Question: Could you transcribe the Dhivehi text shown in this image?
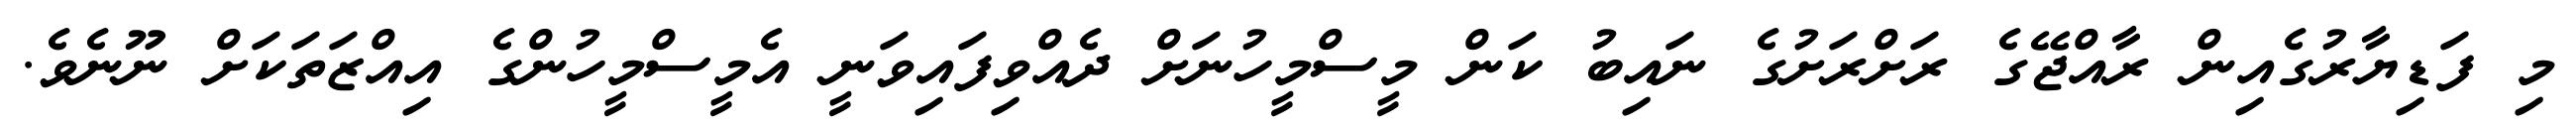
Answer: މި ފަޑިޔާރުގެއިން ރާއްޖޭގެ ރަށްރަށުގެ ނައިބު ކަން މީސްމީހުނަށް ދެއްވިފައިވަނީ އެމީސްމީހުންގެ އިއްޒަތަކަށް ނޫނެވެ.